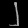
Digit: ၂